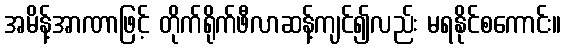
အမိန့်အာဏာဖြင့် တိုက်ရိုက်ဖီလာဆန့်ကျင်၍လည်း မရနိုင်စကောင်း။